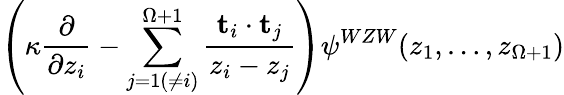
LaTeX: \left(\kappa\frac{\partial}{\partial z_{i}}-\sum_{j=1(\neq i)}^{\Omega+1}\frac{{\mathbf t}_{i}\cdot{\mathbf t}_{j}}{z_{i}-z_{j}}\right)\psi^{WZW}(z_{1},\dots,z_{\Omega+1})